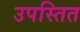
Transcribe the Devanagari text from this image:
उपस्तित